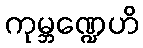
ကုမ္ဘဏ္ဍေဟိ